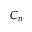
C _ { n }